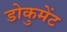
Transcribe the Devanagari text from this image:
डोकुमेंट